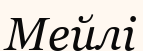
Мейлі